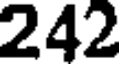
242